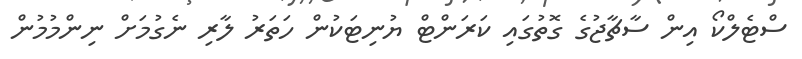
ސްޓެލްކޯ އިން ސާޗާޖުގެ ގޮތުގައި ކަރަންޓް ޔުނިޓަކުން ހަަތަރު ލާރި ނެގުމަށް ނިންމުމުން